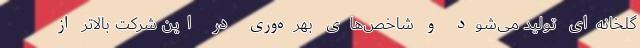
گلخانه‌ای تولید می‌شود و شاخص‌های بهره‌وری در این شرکت بالاتر از